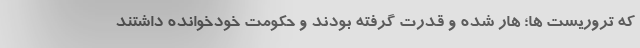
که تروریست ها؛ هار شده و قدرت گرفته بودند و حکومت خودخوانده داشتند